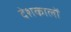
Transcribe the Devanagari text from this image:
देशकालों